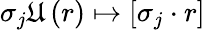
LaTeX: \sigma_{j}\mathfrak{U}\left(r\right)\mapsto\left[\sigma_{j}\cdot r\right]